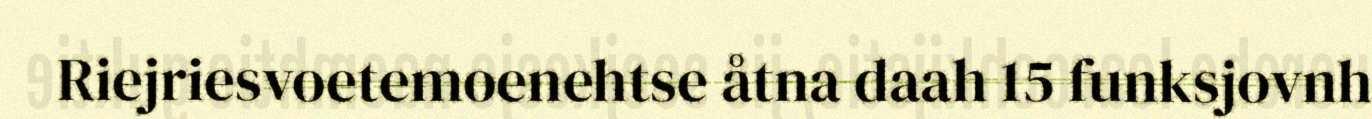
Riejriesvoetemoenehtse åtna daah 15 funksjovnh